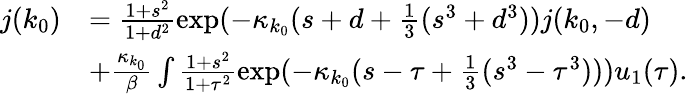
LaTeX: \begin{array}{rl}{j(k_{0})}&{=\frac{1+s^{2}}{1+d^{2}}\exp(-\kappa_{k_{0}}(s+d+\frac 13(s^{3}+d^{3}))j(k_{0},-d)}\\ &{+\frac{\kappa_{k_{0}}}\beta\int\frac{1+s^{2}}{1+\tau^{2}}\exp(-\kappa_{k_{0}}(s-\tau+\frac 13(s^{3}-\tau^{3})))u_{1}(\tau).}\end{array}